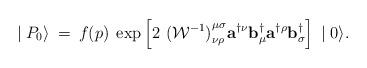
LaTeX: \begin{align*}\mid {P}_{0} \rangle \:=\:f(p)\;\exp \left[ 2\,\,{({\cal W}^{-1})}^{\mu\sigma}_{\nu\rho}{\mathbf a}^{\dagger\nu}{\mathbf b}^{\dagger}_{\mu}{\mathbf a}^{\dagger\rho}{\mathbf b}^{\dagger}_{\sigma}\right]\, \mid 0 \rangle.\end{align*}